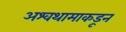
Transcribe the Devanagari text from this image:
अश्वथामाकडून